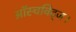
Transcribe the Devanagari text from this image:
ऑस्चविट्ज।